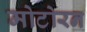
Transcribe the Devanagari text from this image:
मोटोरन